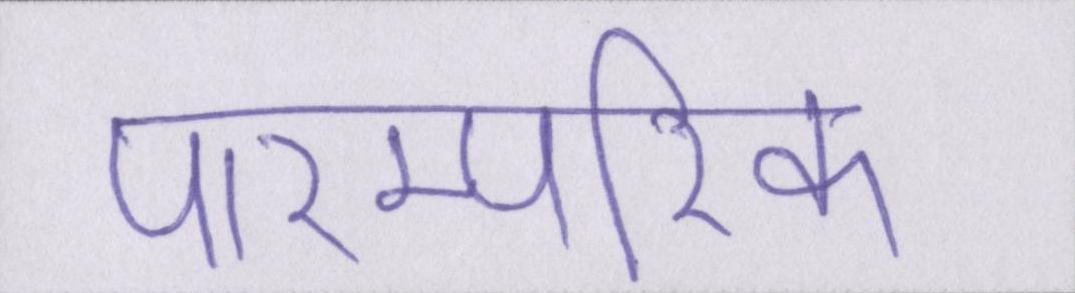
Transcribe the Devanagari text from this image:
पारम्परिक